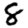
Digit: 8